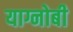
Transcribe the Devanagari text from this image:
याग्नोबी